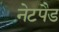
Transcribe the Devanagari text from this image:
नेटपैड